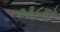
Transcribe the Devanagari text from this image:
१३८वॉ